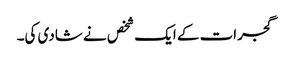
گجرات کے ایک شخص نے شادی کی۔